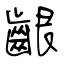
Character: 齦